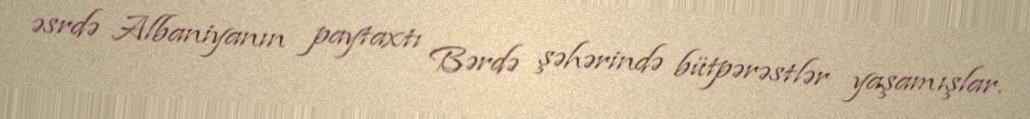
əsrdə Albaniyanın paytaxtı Bərdə şəhərində bütpərəstlər yaşamışlar.